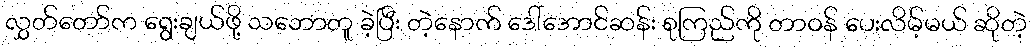
လွှတ်တော်က ရွေးချယ်ဖို့ သဘောတူ ခဲ့ပြီး တဲ့နောက် ဒေါ်အောင်ဆန်း စုကြည်ကို တာဝန် ပေးလိမ့်မယ် ဆိုတဲ့